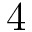
4